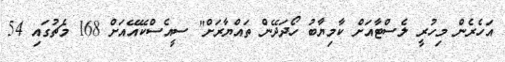
އަހެރެން މިހުރީ ލެސްޓާއަށް ކާމިޔާބު ހޯދަދޭން ތައްޔާރަަށް" ސީއެސްކޭއޭއަށް 168 މެޗުގައި 54